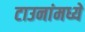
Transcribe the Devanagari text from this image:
टाउनांमध्ये